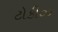
ટોકીઝ